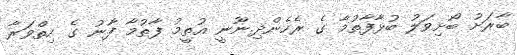
ބާރަށު ބޯށިވަލު ބުޅާފާތުމާ ގެ ރެހެންދި.ނޫނީ އުތީމު ފާތުމާ ފާނު ގެ ހިތްވަރާ